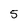
Character: 5